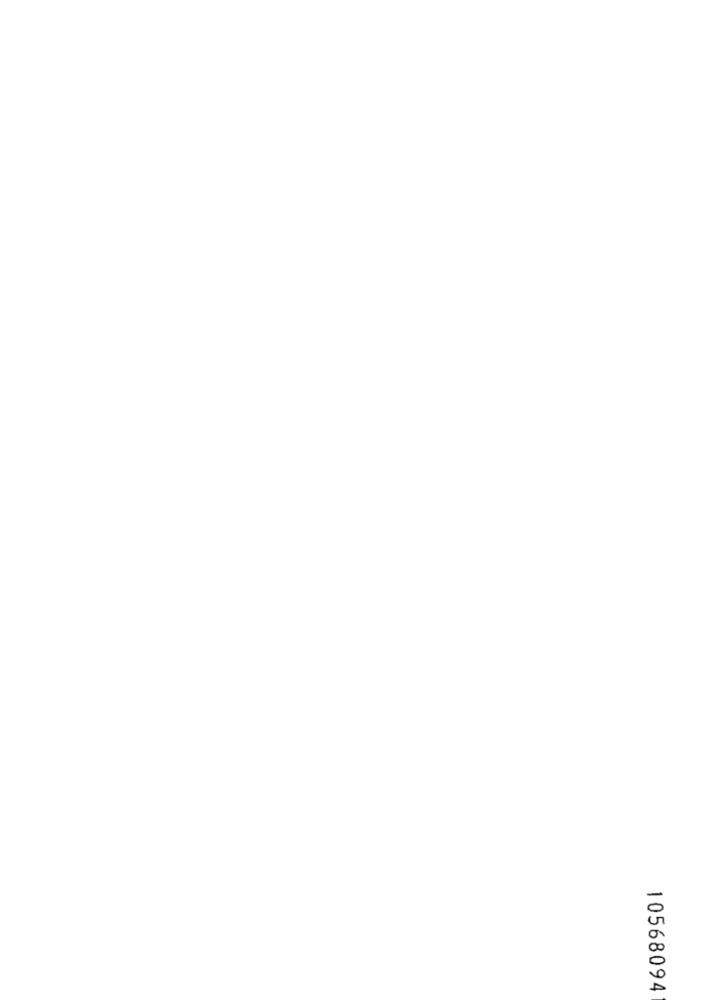
10568094